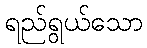
ရည်ရွယ်သော